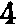
4